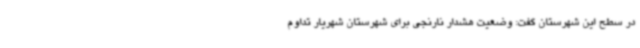
در سطح این شهرستان گفت: وضعیت هشدار نارنجی برای شهرستان شهریار تداوم